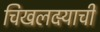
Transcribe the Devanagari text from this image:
चिखलदर्‍याची